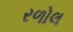
રળોલ